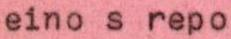
eino s repo